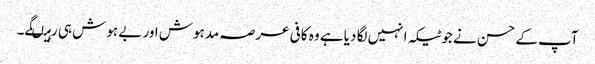
آپ کے حسن نے جو ٹیکہ انہیں لگا دیا ہے وہ کافی عرصہ مدہوش اور بے ہوش ہی رہیںگے۔